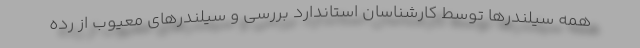
همه سیلندرها توسط کارشناسان استاندارد بررسی و سیلندرهای معیوب از رده